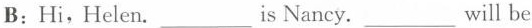
B: Hi,Helen.___is Nancy. ___will be